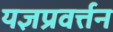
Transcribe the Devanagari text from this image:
यज्ञप्रवर्त्तन